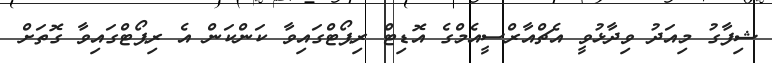
ޝިފާގު މިއަދު ވިދާޅުވީ އެޗްއާރްސީއެމްގެ އޮޑިޓް ރިޕޯޓްގައިވާ ކަންކަން އެ ރިޕޯޓްގައިވާ ގޮތަށް